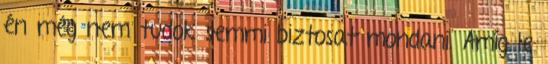
én még nem tudok semmi biztosat mondani. Amíg le